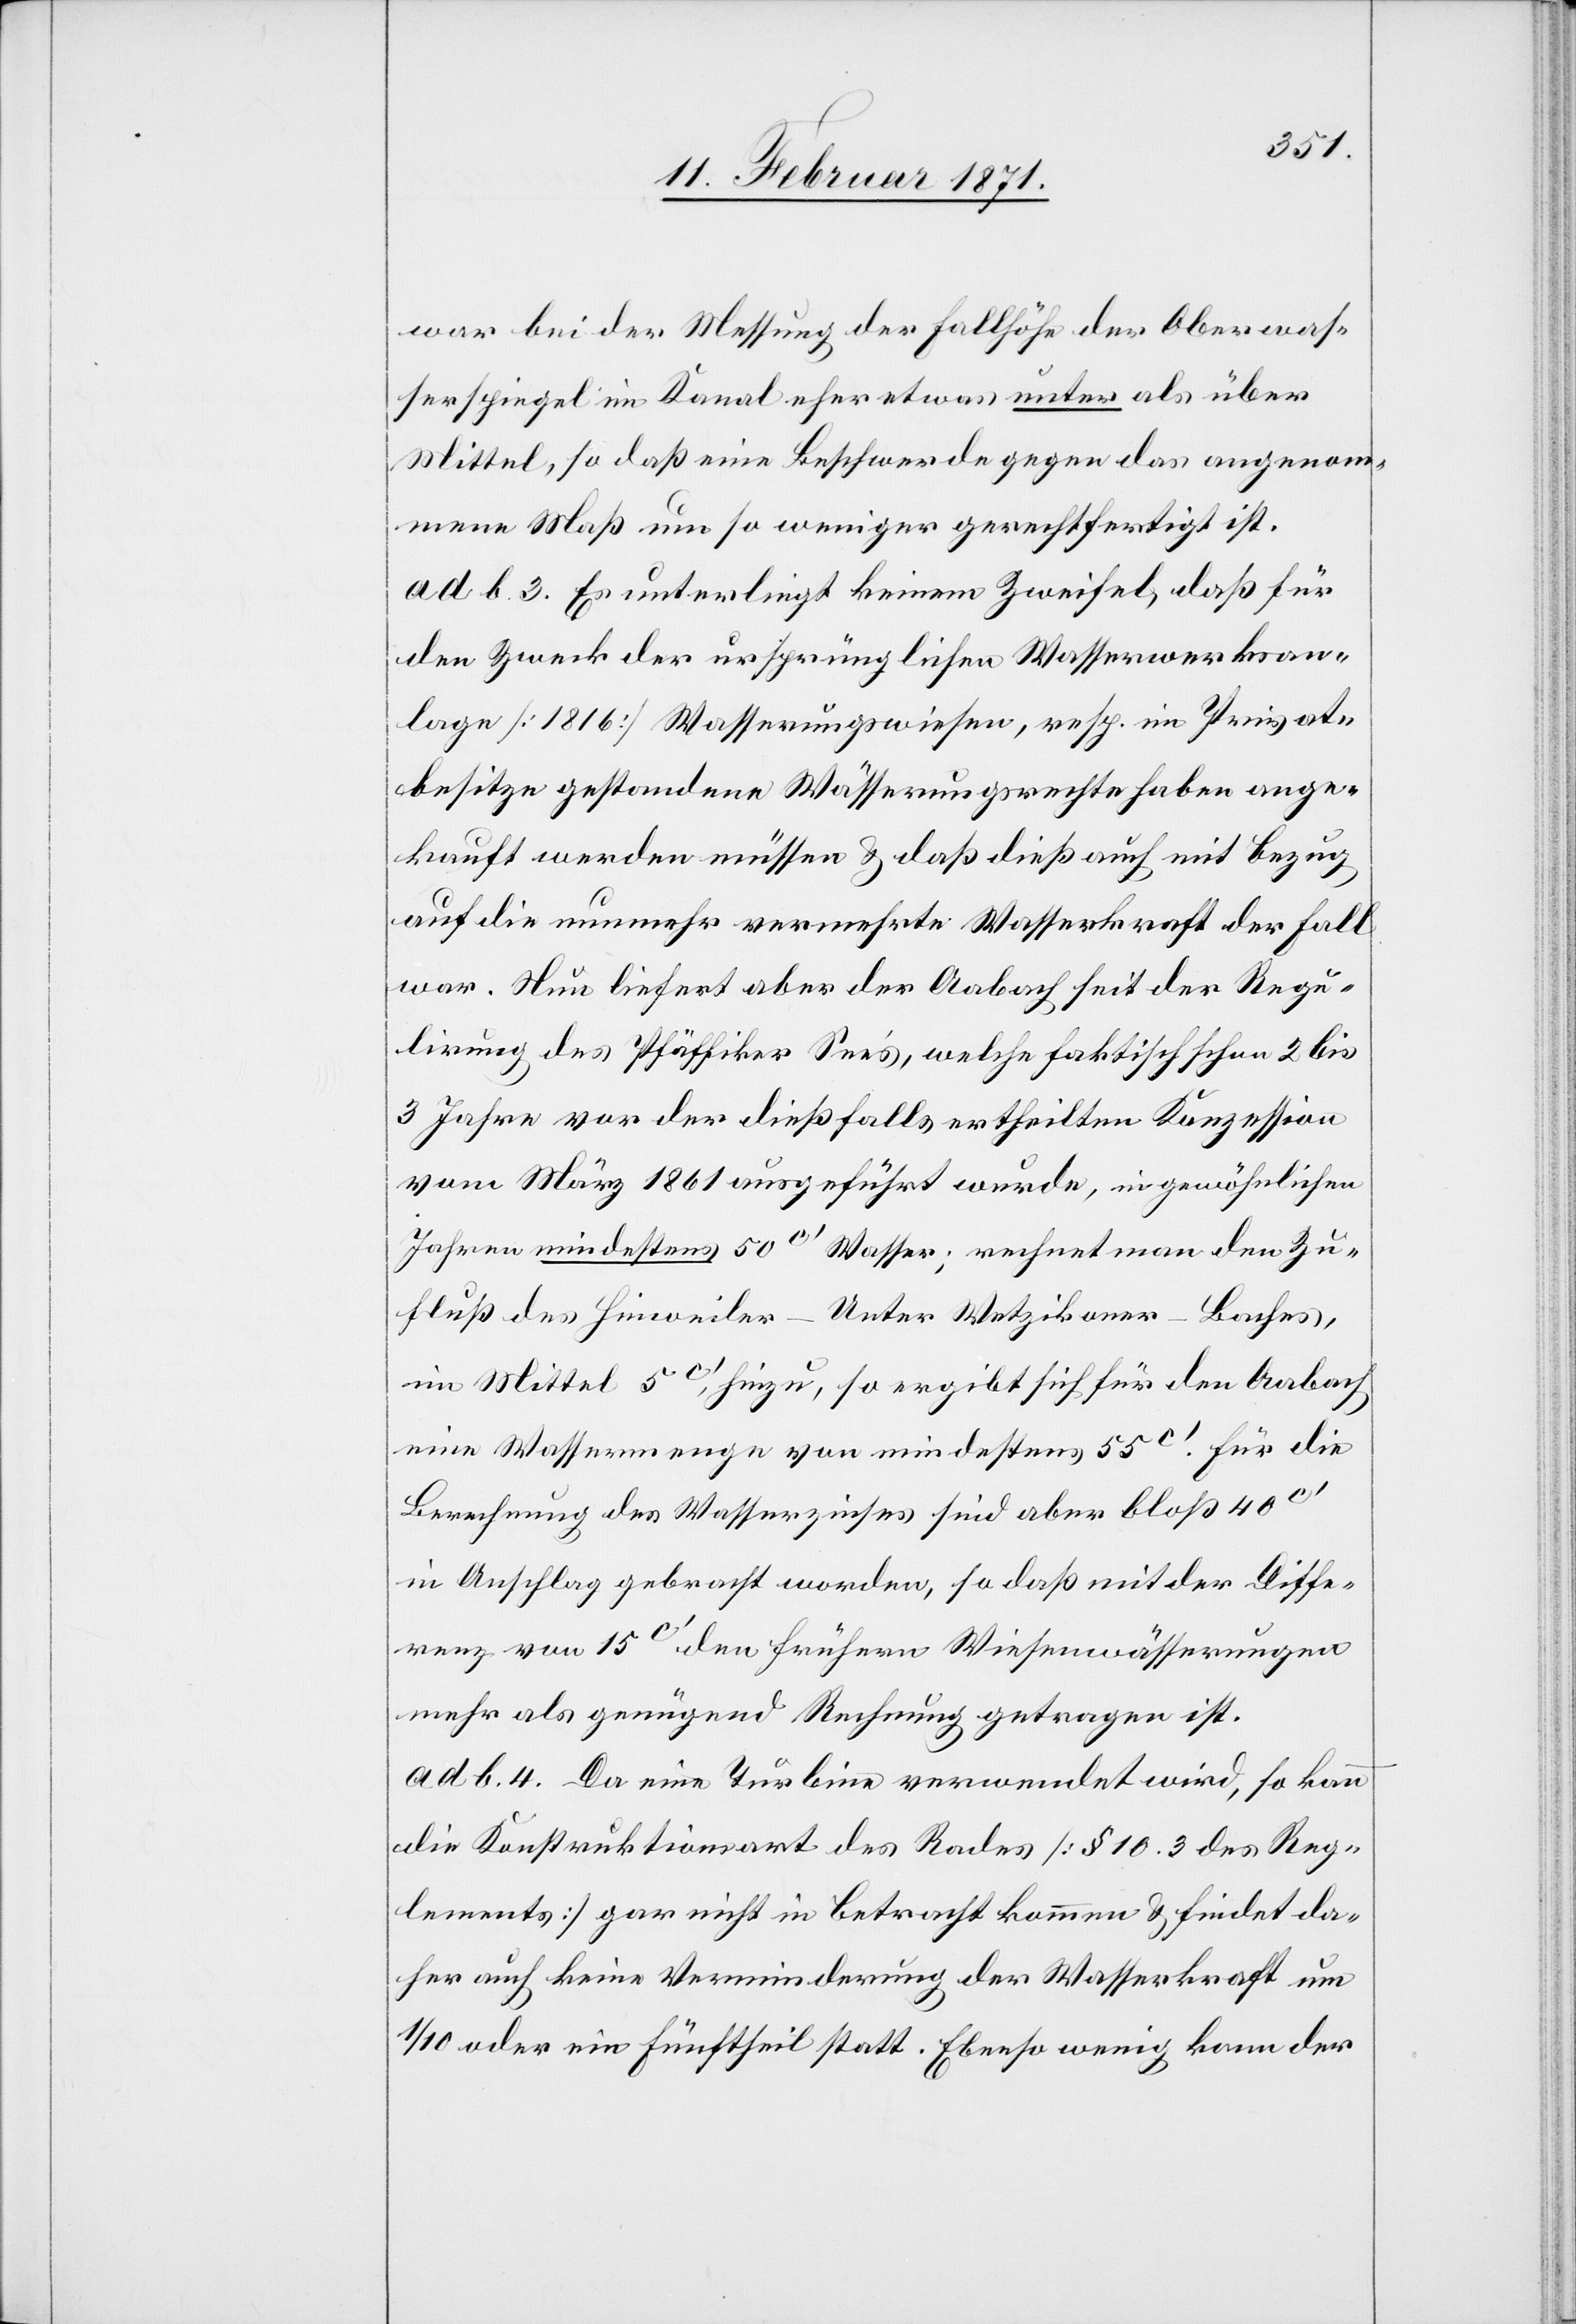
war bei der Messung der Fallhöhe der Oberwas¬
serspiegel im Kanal eher etwas unter als über
Mittel, so daß eine Beschwerde gegen das angenom¬
mene Maß um so weniger gerechtfertigt ist.
ad b. 3. Es unterliegt keinem Zweifel, daß für
den Zweck der ursprünglichen Wasserwerksan¬
lage [1816] Wasserungswiesen, resp. im Privat¬
besitze gestandene Wässerungsrechte haben ange¬
kauft werden müssen u. daß dieß auch mit Bezug
auf die nunmehr vermehrte Wasserkraft der Fall
war. Nun liefert aber der Aabach seit der Regu¬
lirung des Pfäffiker See’s, welche faktischen schon 2 bis
3 Jahre vor der dießfalls ertheilten Konzession
vom März 1861 ausgeführt wurde, in gewöhnlichen
Jahren mindestens 50c‘ Wasser; rechnet man den Zu¬
fluß des Hinweiler-Unter Wetzikoner-Laufes,
im Mittel 5c‘, hinzu, so ergibt sich für den Aabach
eine Wassermenge von mindestens 55c‘. Für die
Berechnung des Wasserzinses sind aber bloß 40c‘
in Anschlag gebracht worden, so daß mit der Diffe¬
renz von 15c‘ den frühern Wiesenwässerungen
mehr als genügend Rechnung getragen ist.
ad b. 4. Da eine Turbine verwendet wird, so kann
die Konstruktionsart des Rades [§ 10.3 des Reg¬
lements] gar nicht in Betracht kommen u. findet da¬
her auch keine Verminderung der Wasserkraft um
1/10 oder ein Fünftheil statt. Ebenso wenig kann der